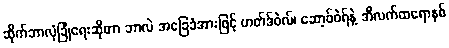
ဆိုက်ဘာလုံခြုံရေးဆိုတာ ဘာလဲ အခြေခံအားဖြင့် ဟတ်ဒ်ဝဲလ်၊ ဆော့ဖ်ဝဲရ်နဲ့ အီလက်ထရောနစ်